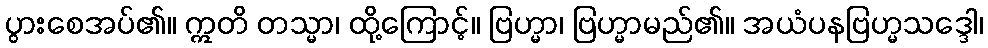
ပွားစေအပ်၏။ ဣတိ တသ္မာ၊ ထို့ကြောင့်။ ဗြဟ္မာ၊ ဗြဟ္မာမည်၏။ အယံပနဗြဟ္မသဒ္ဒေါ၊